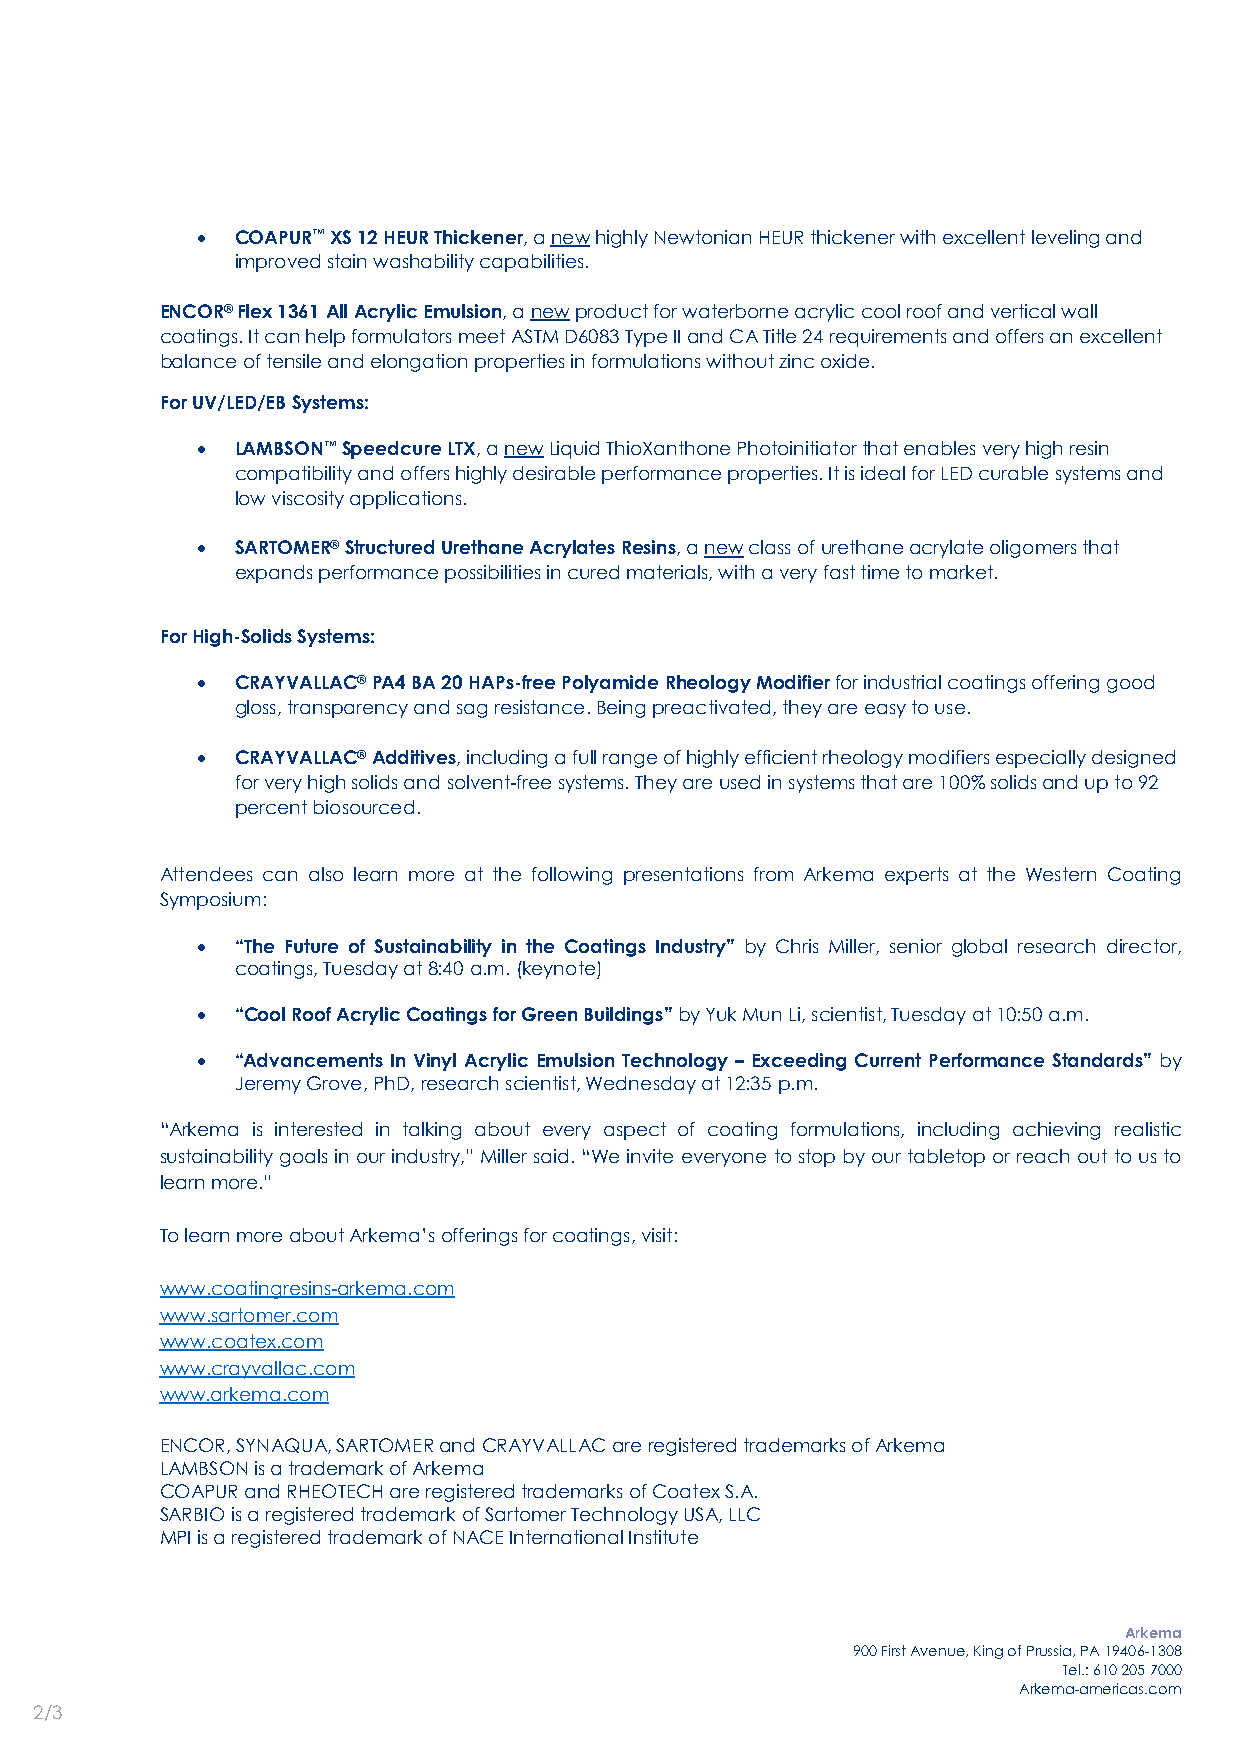
•  COAPUR™ XS 12 HEUR Thickener, a new highly Newtonian HEUR thickener with excellent leveling and
 improved stain washability capabilities.
 ENCOR® Flex 1361 All Acrylic Emulsion, a new product for waterborne acrylic cool roof and vertical wall
 coatings. It can help formulators meet ASTM D6083 Type II and CA Title 24 requirements and offers an excellent
 balance of tensile and elongation properties in formulations without zinc oxide.
 For UV/LED/EB Systems:
 •  LAMBSON™ Speedcure LTX, a new Liquid ThioXanthone Photoinitiator that enables very high resin
 compatibility and offers highly desirable performance properties. It is ideal for LED curable systems and
 low viscosity applications.
 •  SARTOMER® Structured Urethane Acrylates Resins, a new class of urethane acrylate oligomers that
 expands performance possibilities in cured materials, with a very fast time to market.
 For High-Solids Systems:
 •  CRAYVALLAC® PA4 BA 20 HAPs-free Polyamide Rheology Modifier for industrial coatings offering good
 gloss, transparency and sag resistance. Being preactivated, they are easy to use.
 •  CRAYVALLAC® Additives, including a full range of highly efficient rheology modifiers especially designed
 for very high solids and solvent-free systems. They are used in systems that are 100% solids and up to 92
 percent biosourced.
 Attendees can also learn more at the following presentations from Arkema experts at the Western Coating
 Symposium:
 •  “The Future of Sustainability in the Coatings Industry” by Chris Miller, senior global research director,
 coatings, Tuesday at 8:40 a.m. (keynote)
 •  “Cool Roof Acrylic Coatings for Green Buildings” by Yuk Mun Li, scientist, Tuesday at 10:50 a.m.
 •  “Advancements In Vinyl Acrylic Emulsion Technology – Exceeding Current Performance Standards” by
 Jeremy Grove, PhD, research scientist, Wednesday at 12:35 p.m.
 “Arkema is interested in talking about every aspect of coating formulations, including achieving realistic
 sustainability goals in our industry,” Miller said. “We invite everyone to stop by our tabletop or reach out to us to
 learn more.”
 To learn more about Arkema’s offerings for coatings, visit:
 www.coatingresins-arkema.com
 www.sartomer.com
 www.coatex.com
 www.crayvallac.com
 www.arkema.com
 ENCOR, SYNAQUA, SARTOMER and CRAYVALLAC are registered trademarks of Arkema
 LAMBSON is a trademark of Arkema
 COAPUR and RHEOTECH are registered trademarks of Coatex S.A.
 SARBIO is a registered trademark of Sartomer Technology USA, LLC
 MPI is a registered trademark of NACE International Institute
 Arkema
 900 First Avenue, King of Prussia, PA 19406-1308
 Tel.: 610 205 7000
 Arkema-americas.com
 2/3